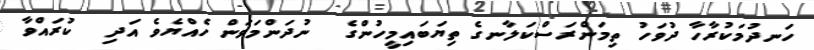
ހަނދުމަކުރާހާ ދުވަހު ތިމަންރަސްކަލާނގެ ތިޔަބައިމީހުންގެ  ނުދަންމަވަން ހެއްޔެވެ އަދި  ކުރައްވާ